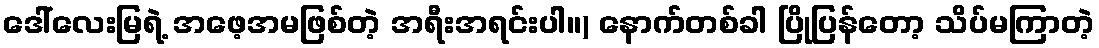
ဒေါ်လေးမြရဲ့ အဖေ့အမဖြစ်တဲ့ အရီးအရင်းပါ။) နောက်တစ်ခါ ပြိုပြန်တော့ သိပ်မကြာတဲ့